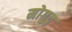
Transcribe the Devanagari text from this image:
मोगुदु